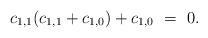
LaTeX: \begin{align*}c_{1,1}(c_{1,1}+c_{1,0})+c_{1,0} ~=~ 0.\end{align*}